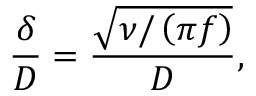
\frac { \delta } { D } = \frac { \sqrt { \nu / \left( \pi f \right) } } { D } ,